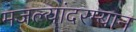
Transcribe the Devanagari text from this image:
मजल्यांदरम्यान